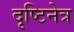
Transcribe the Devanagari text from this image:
दृष्टिनेत्र